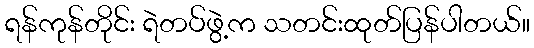
ရန်ကုန်တိုင်း ရဲတပ်ဖွဲ့က သတင်းထုတ်ပြန်ပါတယ်။